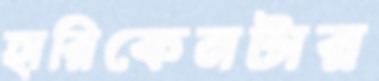
হারিকেনটার